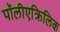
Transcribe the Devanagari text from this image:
पॉलीएक्रिलिक